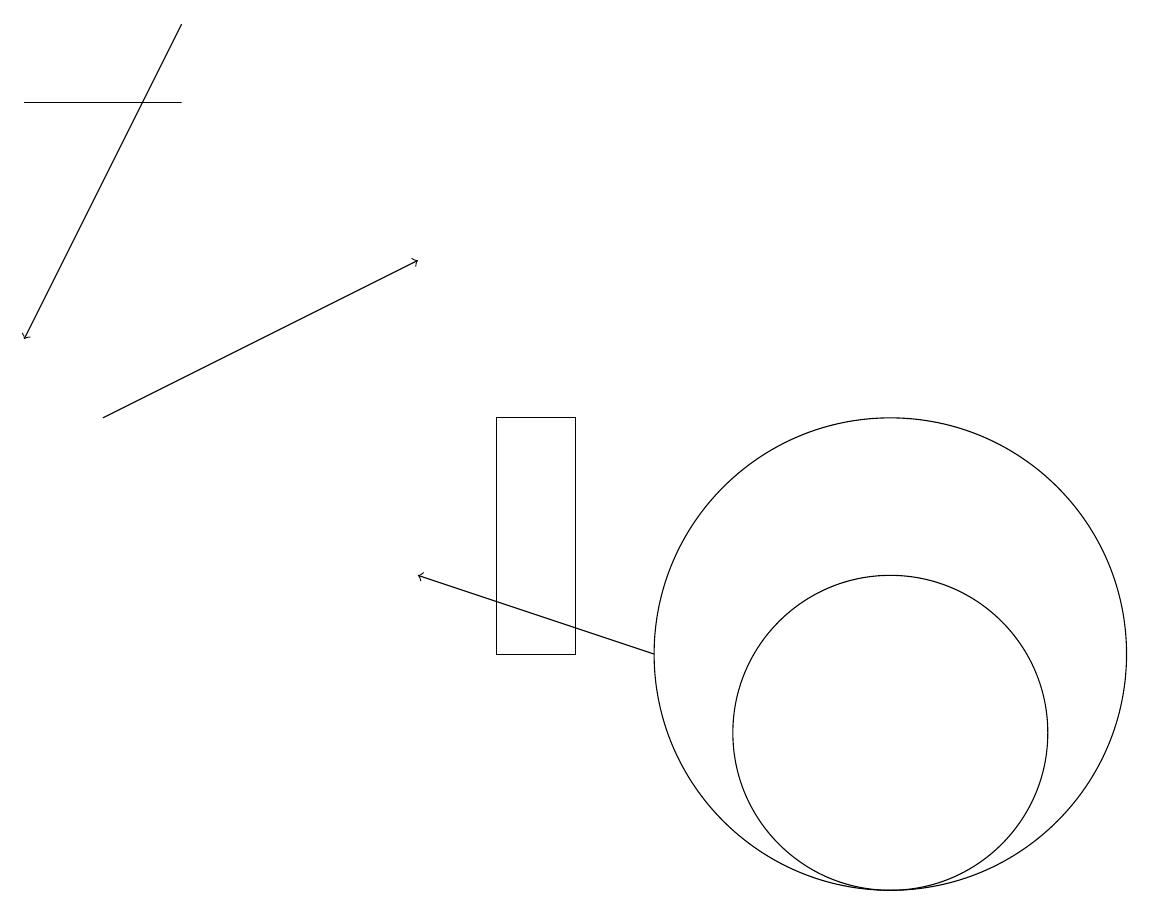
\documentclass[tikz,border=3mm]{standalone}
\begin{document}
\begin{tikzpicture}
\draw[->] (2,14) -- (6,16);
\draw (8,11) rectangle (7,14);
\draw (3,18) rectangle (1,18);
\draw[->] (3,19) -- (1,15);
\draw (12,10) circle (2);
\draw (12,11) circle (3);
\draw[->] (9,11) -- (6,12);
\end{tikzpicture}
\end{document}